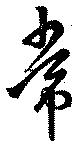
常